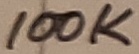
Text: 100K